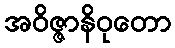
အဝိဇ္ဇာနိဝုတော